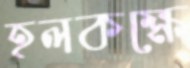
হলকক্ষে